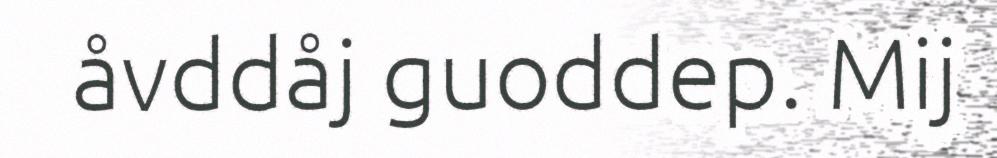
åvddåj guoddep. Mij